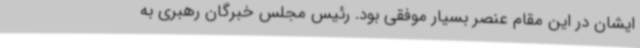
ایشان در این مقام عنصر بسیار موفقی بود. رئیس مجلس خبرگان رهبری به